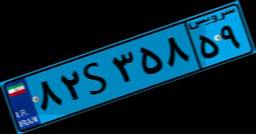
۸۲S۳۵۸۵۹